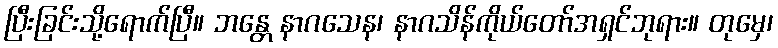
ပြီးခြင်းသို့ရောက်ပြီ။ ဘန္တေ နာဂသေန၊ နာဂသိန်ကိုယ်တော်အရှင်ဘုရား။ တုမှေ၊